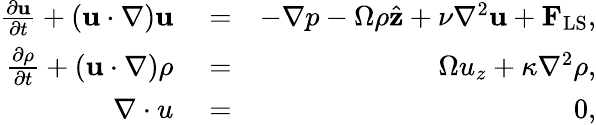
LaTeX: \begin{array}{rlr}{\frac{\partial{\mathbf{u}}}{\partial{t}}+(\mathbf{u}\cdot\nabla)\mathbf{u}}&{{}=}&{-\nabla p-\Omega\rho\hat{\mathbf z}+\nu\nabla^{2}\mathbf{u}+{\mathbf F}_{\mathrm{LS}},}\\ {\frac{\partial{\rho}}{\partial{t}}+(\mathbf{u}\cdot\nabla)\rho}&{{}=}&{\Omega u_{z}+\kappa\nabla^{2}\rho,}\\ {{\mathbf\nabla\cdot u}}&{{}=}&{0,}\end{array}